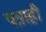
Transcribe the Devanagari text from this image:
पत्राही